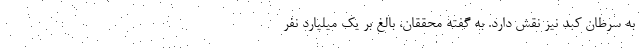
به سرطان کبد نیز نقش دارد. به گفته محققان، بالغ بر یک میلیارد نفر